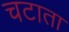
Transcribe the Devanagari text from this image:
चटाता